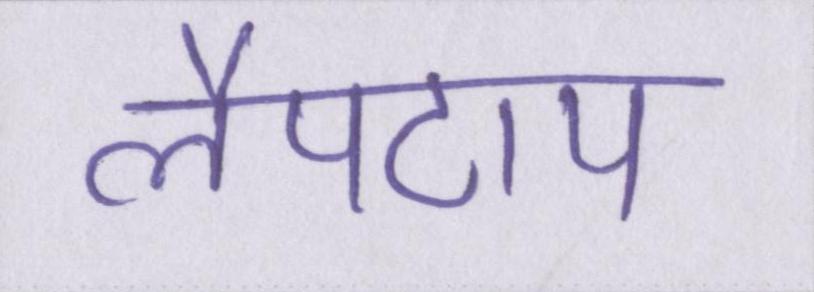
लैपटाप